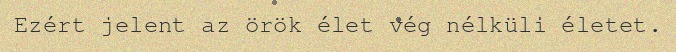
Ezért jelent az örök élet vég nélküli életet.